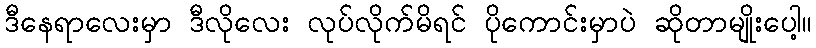
ဒီနေရာလေးမှာ ဒီလိုလေး လုပ်လိုက်မိရင် ပိုကောင်းမှာပဲ ဆိုတာမျိုးပေါ့။